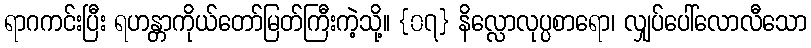
ရာဂကင်းပြီး ရဟန္တာကိုယ်တော်မြတ်ကြီးကဲ့သို့။ {၀၇} နိလ္လောလုပ္ပစာရော၊ လျှပ်ပေါ်လောလီသော